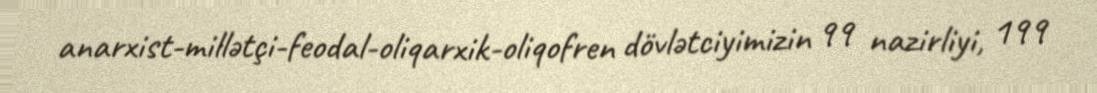
anarxist-millətçi-feodal-oliqarxik-oliqofren dövlətciyimizin 99 nazirliyi, 199